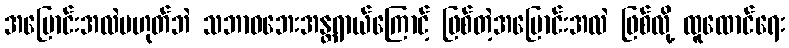
အပြောင်းအလဲမဟုတ်ဘဲ သဘာဝဘေးအန္တရာယ်ကြောင့် ဖြစ်တဲ့အပြောင်းအလဲ ဖြစ်လို့ ထူထောင်ရေး